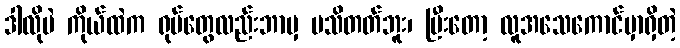
ဒါလိုပဲ ကိုယ်ထဲက ရုပ်တွေလည်းဘာမှ မသိတတ်ဘူး၊ ပြီးတော့ လူအသေကောင်မှာရှိတဲ့